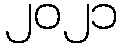
၂၀၂၁